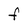
Character: f